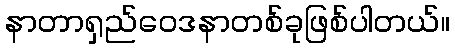
နာတာရှည်ဝေဒနာတစ်ခုဖြစ်ပါတယ်။